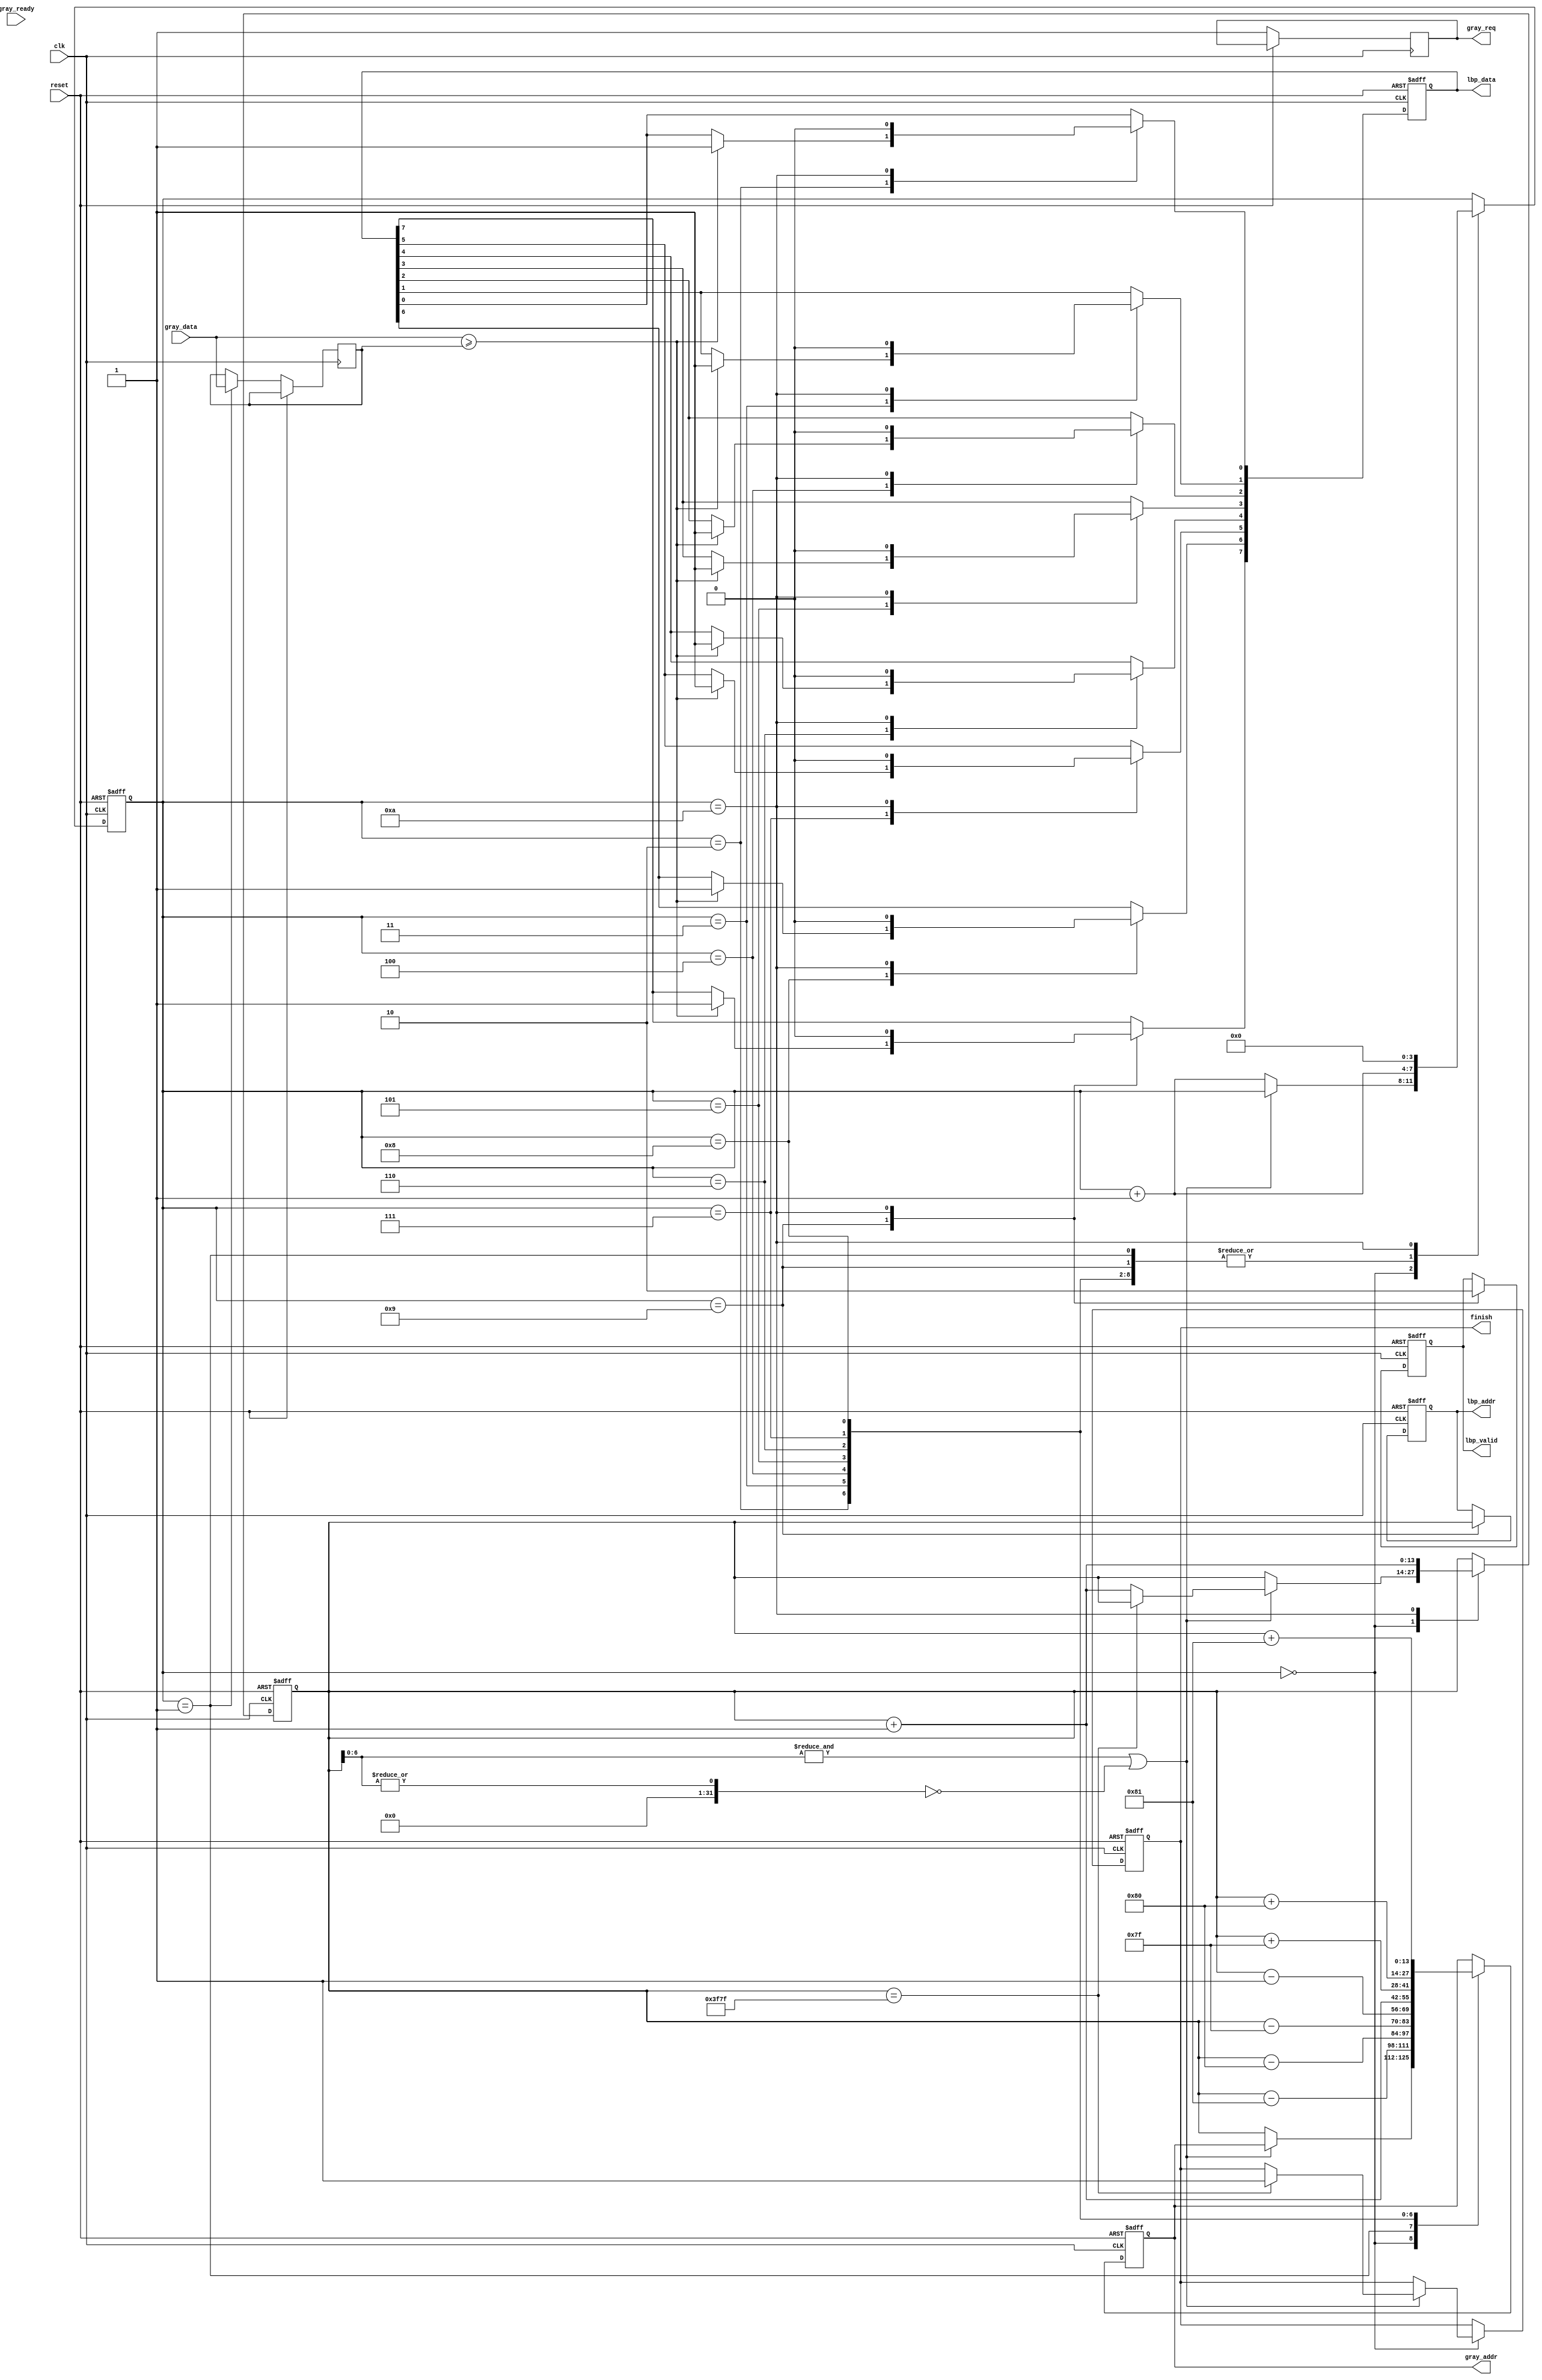
`timescale 1ns/10ps
module LBP ( clk, reset, gray_addr, gray_req, gray_ready, gray_data, lbp_addr, lbp_valid, lbp_data, finish);
input   	clk;
input   	reset;
output  reg [13:0] 	gray_addr;
output  reg gray_req;
input   	gray_ready;
input   [7:0] 	gray_data;
output  reg [13:0] 	lbp_addr;
output  reg	lbp_valid;
output  reg [7:0] 	lbp_data;
output  reg finish;

reg [3:0]  step;
reg [13:0] position;//y ,x
reg [7:0] center;
//====================================================================
always @(posedge clk or posedge reset) begin
	if (reset) begin
		lbp_valid <= 0;
		gray_addr <= 0;
		lbp_addr <= 0;
		finish <= 0;
		lbp_data <= 0;
		
		step <= 0;
		position <= 129;
		//center <= 0;
	end
	else begin
		gray_req <= 1;
		case (step)
			4'b0000: begin
				if ((&position[6:0])||(|position[6:0])==0) begin 
					if (position == 16255) finish <= 1;
					else position <= position + 1;
				end
				else begin
					gray_addr <= position;
					step <= step + 1;
				end
			end
			4'b0001: begin
				step <= step + 1;
				center <= gray_data;
				gray_addr <= position - 129;
			end
			4'b0010:begin
				step <= step + 1;
				if (gray_data>= center) lbp_data [0] <= 1;
				gray_addr <= position - 128;
			end
			4'b0011:begin
				step <= step + 1;
				if (gray_data>= center) lbp_data [1] <= 1;
				gray_addr <= position - 127;
			end
			4'b0100:begin
				step <= step + 1;
				if (gray_data>= center) lbp_data [2] <= 1;
				gray_addr <= position - 1;
			end
			4'b0101:begin
				step <= step + 1;
				if (gray_data>= center) lbp_data [3] <= 1;
				gray_addr <= position + 1;
			end
			4'b0110:begin
				step <= step + 1;
				if (gray_data>= center) lbp_data [4] <= 1;
				gray_addr <= position + 127;
			end
			4'b0111:begin
				step <= step + 1;
				if (gray_data>= center) lbp_data [5] <= 1;
				gray_addr <= position + 128;
			end
			4'b1000:begin
				step <= step + 1;
				if (gray_data>= center) lbp_data [6] <= 1;
				gray_addr <= position + 129;
			end
			4'b1001:begin
				step <= step + 1;
				if (gray_data>= center) lbp_data [7] <= 1;
				lbp_valid <= 1;
				lbp_addr <= position ;
			end
			4'b1010: begin
				position <= position + 1;
				lbp_valid <= 0;
				step <= 0;
				lbp_data <= 0;
			end
		endcase
	end
end
endmodule